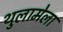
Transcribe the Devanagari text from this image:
थुलामेला